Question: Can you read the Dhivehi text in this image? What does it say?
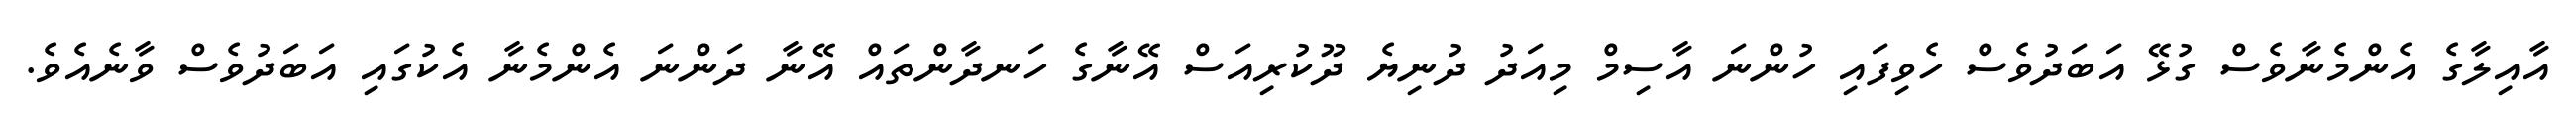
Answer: އާއިލާގެ އެންމެނާވެސް ގުޅޭ އަބަދުވެސް ހެވިފައި ހުންނަ އާސިމް މިއަދު ދުނިޔެ ދޫކުރިއަސް އޭނާގެ ހަނދާންތައް އޭނާ ދަންނަ އެންމެނާ އެކުގައި އަބަދުވެސް ވާނެއެވެ.